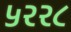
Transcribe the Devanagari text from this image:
५२२८